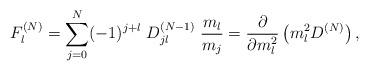
LaTeX: \begin{align*}F_l^{(N)} = \sum\limits_{j=0}^N (-1)^{j+l} \; D_{jl}^{(N-1)} \;\frac{m_l}{m_j}= \frac{\partial}{\partial m_l^2} \left( m_l^2 D^{(N)} \right) ,\end{align*}